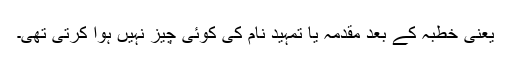
یعنی خطبہ کے بعد مقدمہ یا تمہید نام کی کوئی چیز نہیں ہوا کرتی تھی۔